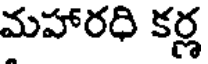
మహారధి కర్ణ